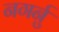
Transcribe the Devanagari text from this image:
नगर्नु